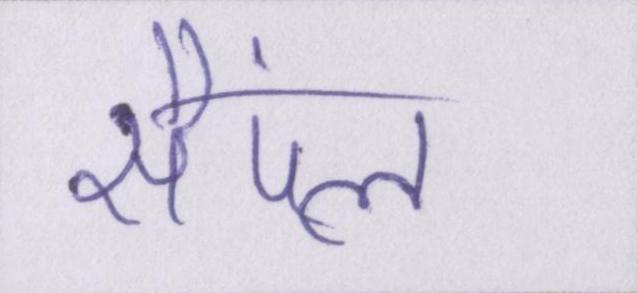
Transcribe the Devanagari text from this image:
सैंपल